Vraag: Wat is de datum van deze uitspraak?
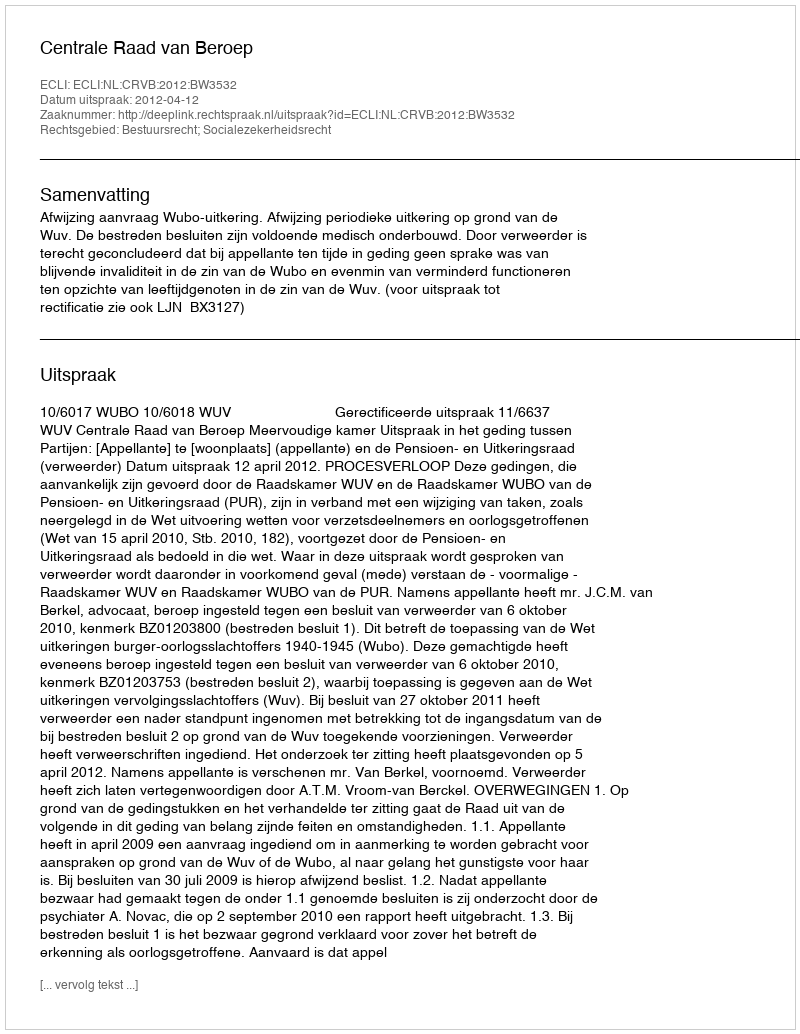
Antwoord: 2012-04-12